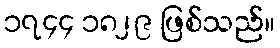
၁၇၄၄ ၁၈၂၉ ဖြစ်သည်။